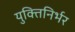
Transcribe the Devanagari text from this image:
युक्तिनिर्भर